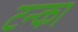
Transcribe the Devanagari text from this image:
टन्का